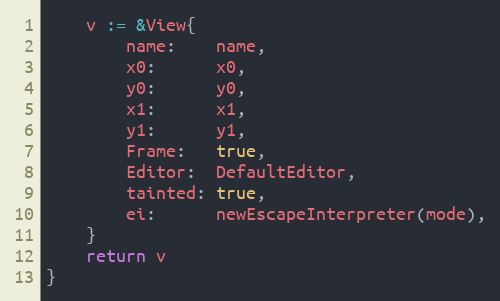
Language: Go
	v := &View{
		name:    name,
		x0:      x0,
		y0:      y0,
		x1:      x1,
		y1:      y1,
		Frame:   true,
		Editor:  DefaultEditor,
		tainted: true,
		ei:      newEscapeInterpreter(mode),
	}
	return v
}